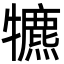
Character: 犥